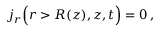
\begin{array} { r } { j _ { r } \Big ( r > R ( z ) , z , t \Big ) = 0 \, , } \end{array}